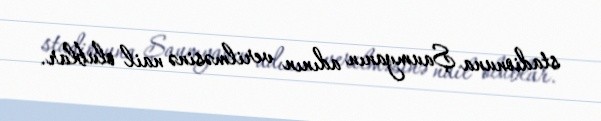
stadionuna Şaumyanın adının verilməsinə nail olublar.